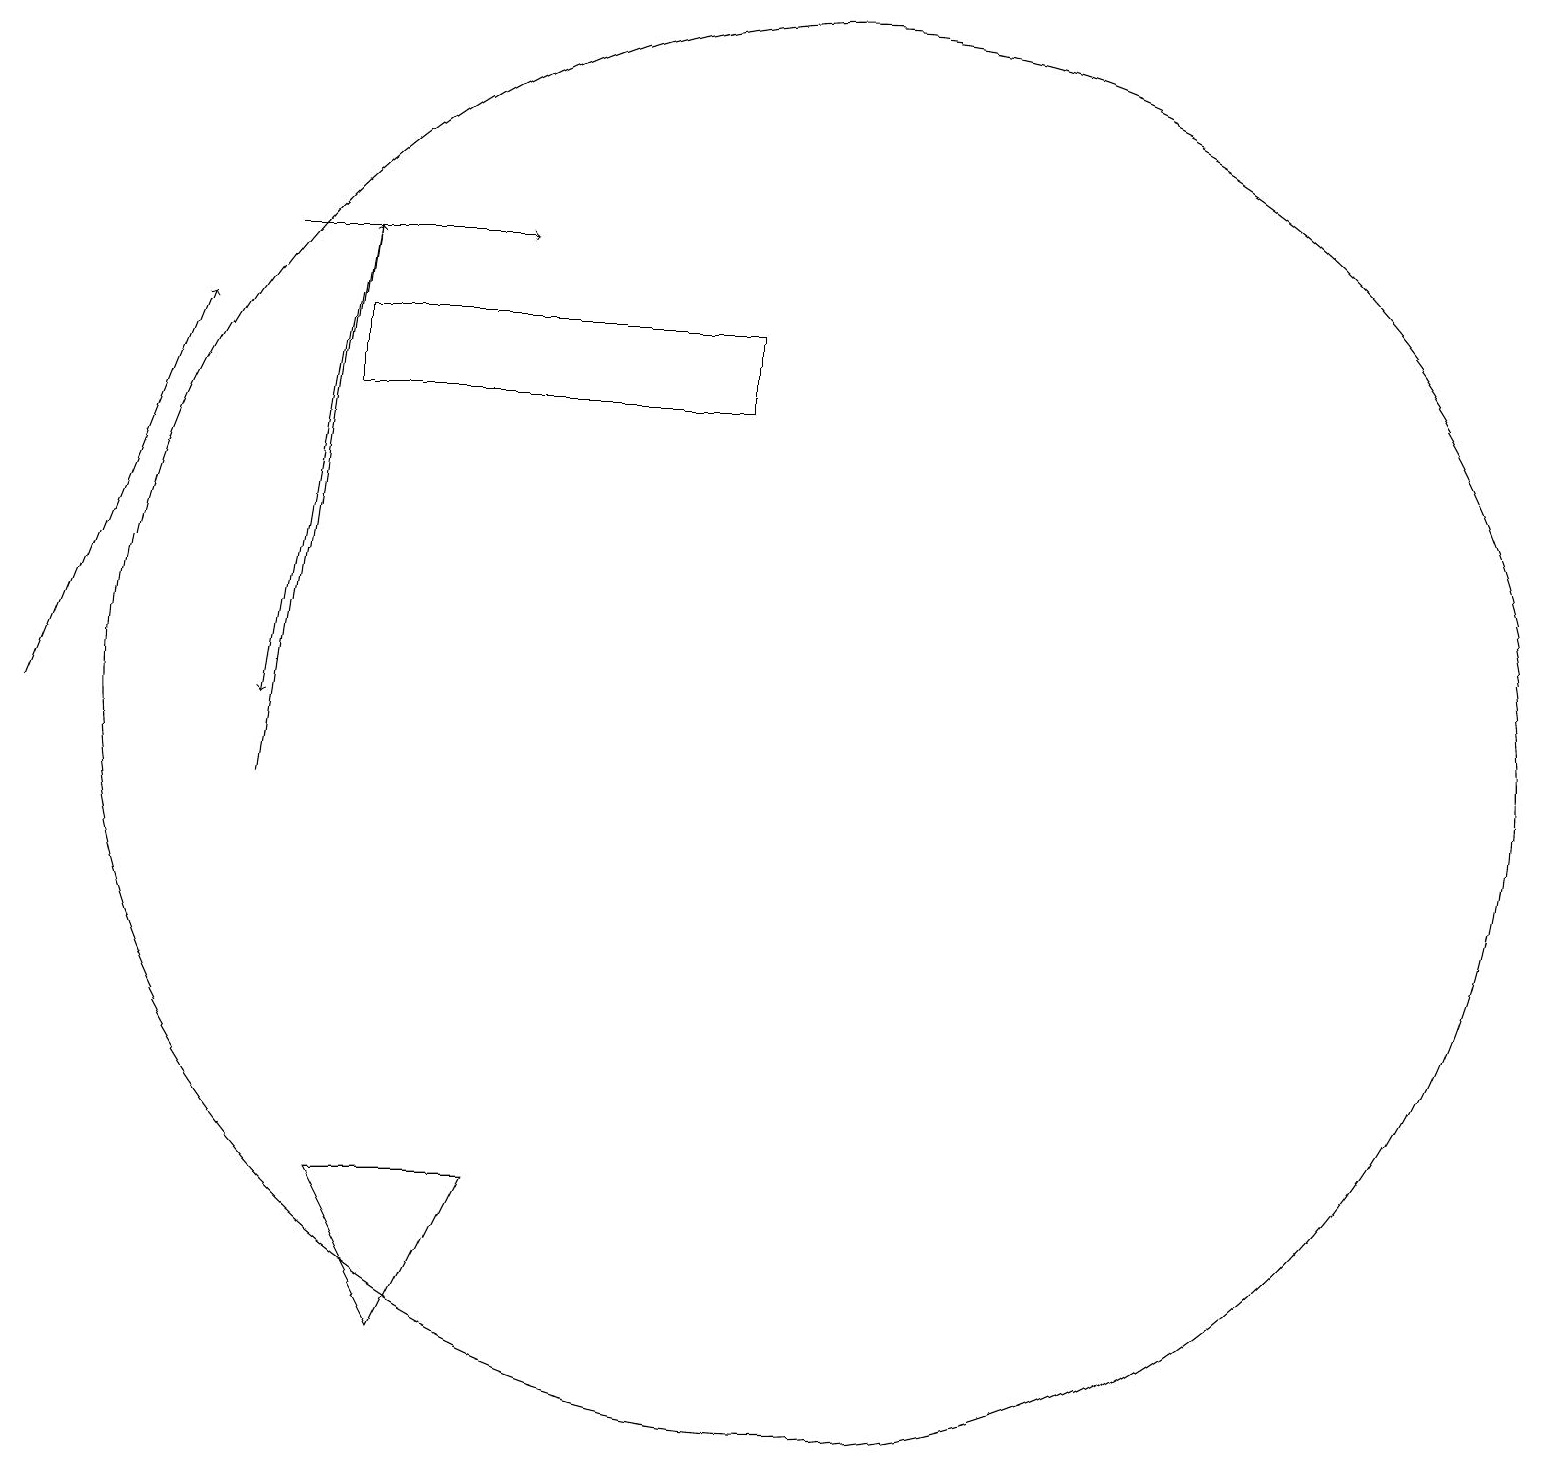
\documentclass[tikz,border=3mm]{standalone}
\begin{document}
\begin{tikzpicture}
\draw[->] (4,17) -- (3,11);
\draw (4,16) rectangle (9,15);
\draw[->] (3,17) -- (6,17);
\draw (10,11) circle (9);
\draw[->] (3,10) -- (4,17);
\draw (4,5) -- (6,5) -- (5,3) -- cycle;
\draw[->] (0,11) -- (2,16);
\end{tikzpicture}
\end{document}